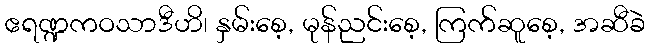
ဧရဏ္ဍကဝသာဒီဟိ၊ နှမ်းစေ့, မုန်ညင်းစေ့, ကြက်ဆူစေ့, အဆီခဲ